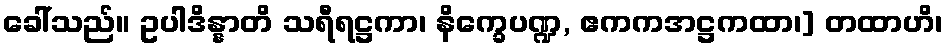
ခေါ်သည်။ ဥပါဒိန္နာတိ သရီရဋ္ဌကာ၊ နိက္ခေပဏ္ဍ, ဧကကအဋ္ဌကထာ၊] တထာဟိ၊